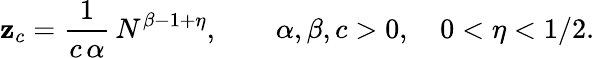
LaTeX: \mathbf{z}_{c}=\frac{{1}}{{c\, \alpha}}\, N^{\beta-1+\eta},\qquad\alpha,\beta,c>0,\quad0<\eta<{1}/{2}.